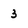
Character: 3